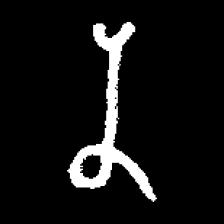
Pyu character \u2014 Myanmar letter: န (romanized: na)